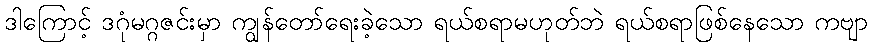
ဒါကြောင့် ဒဂုံမဂ္ဂဇင်းမှာ ကျွန်တော်ရေးခဲ့သော ရယ်စရာမဟုတ်ဘဲ ရယ်စရာဖြစ်နေသော ကဗျာ